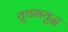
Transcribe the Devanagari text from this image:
वृषभयुद्ध